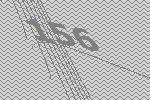
156